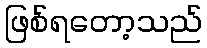
ဖြစ်ရတော့သည်